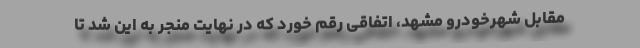
مقابل شهرخودرو مشهد، اتفاقی رقم خورد که در نهایت منجر به این شد تا